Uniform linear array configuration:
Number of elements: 16
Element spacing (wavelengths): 0.75
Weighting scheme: binomial
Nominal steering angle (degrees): -15
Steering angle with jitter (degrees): -14.253
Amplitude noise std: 0.05
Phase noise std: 0.05

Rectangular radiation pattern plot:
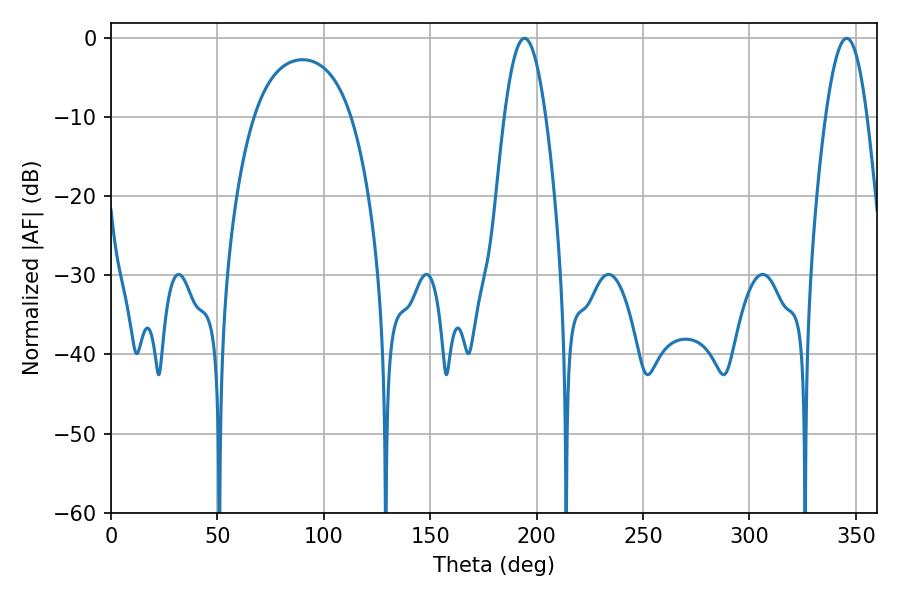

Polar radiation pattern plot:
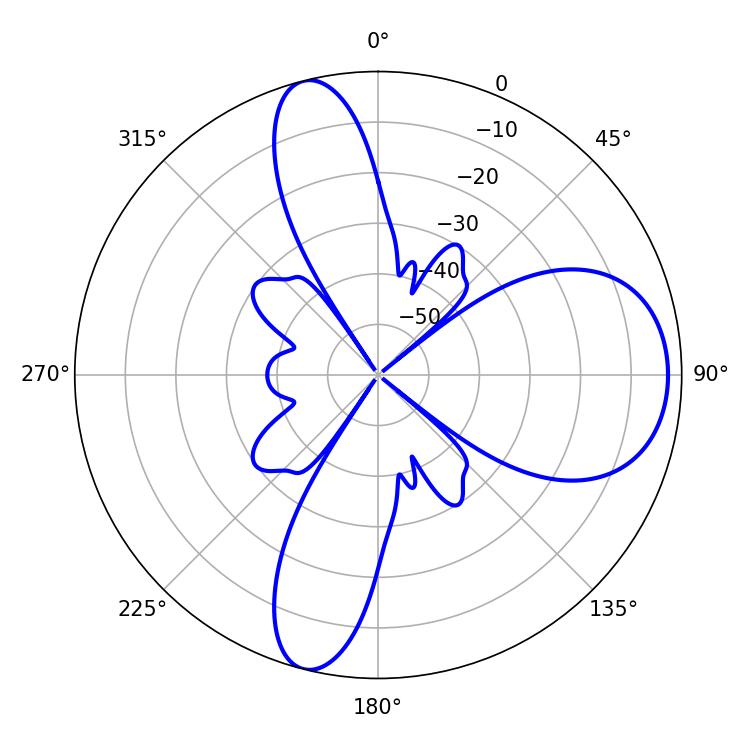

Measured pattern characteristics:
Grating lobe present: TRUE
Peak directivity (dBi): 10.079
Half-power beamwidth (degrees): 10.62
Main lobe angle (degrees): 194.22